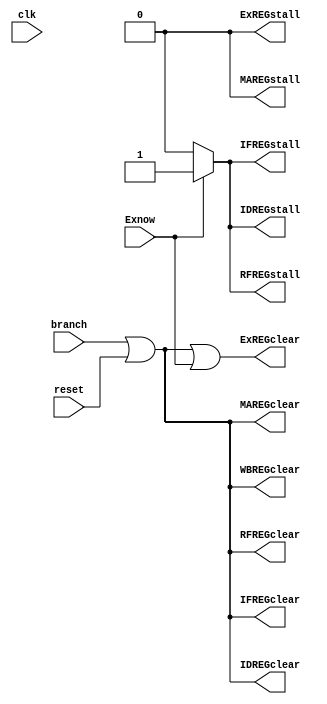
//-------------------------------------------------------
//
// Ochiba_RV32IM-cont.v
// Sodium(sodium@wide.sfc.ad.jp)
// Instruction set:RISC-V RV32IM
//
// Ochiba Processer RV32IM model
// Datapath/Pipeline Controller
//
//-------------------------------------------------------
module Ochiba_RV32IM_cont 		(input clk,reset,branch,
								output IFREGclear,IDREGclear,RFREGclear,ExREGclear,MAREGclear,WBREGclear,IFREGstall,IDREGstall,RFREGstall,ExREGstall,MAREGstall,
								input Exnow);
										
				assign IFREGclear = branch | reset;
				assign IDREGclear = branch | reset;
				assign RFREGclear = branch | reset;
				assign ExREGclear = branch | reset | Exnow;
				assign MAREGclear = branch | reset;
				assign WBREGclear = branch | reset;
				
			    assign IFREGstall = Exnow ? 1'b1 : 1'b0;
			    assign IDREGstall = Exnow ? 1'b1 : 1'b0;
			    assign RFREGstall = Exnow ? 1'b1 : 1'b0;
			    assign ExREGstall = 1'b0;
			    assign MAREGstall = 1'b0;
			    

endmodule